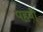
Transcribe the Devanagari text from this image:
पहवी